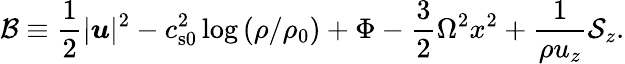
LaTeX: \mathcal{B}\equiv\frac{1}{2}|\boldsymbol{u}|^{2}-c_{\mathrm{s0}}^{2}\log{\left(\rho/\rho_{0}\right)}+\Phi-\frac{3}{2}\Omega^{2}x^{2}+\frac{1}{\rho u_{z}}\mathcal{S}_{z}.